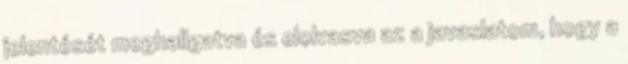
jelentését meghallgatva és elolvasva az a javaslatom, hogy a